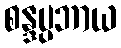
စန္ဒပ္ပဘာယ